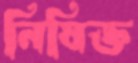
নিষিক্ত